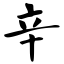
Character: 辛